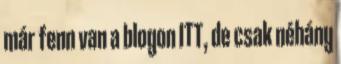
már fenn van a blogon ITT, de csak néhány